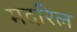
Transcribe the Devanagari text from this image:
मदरिल